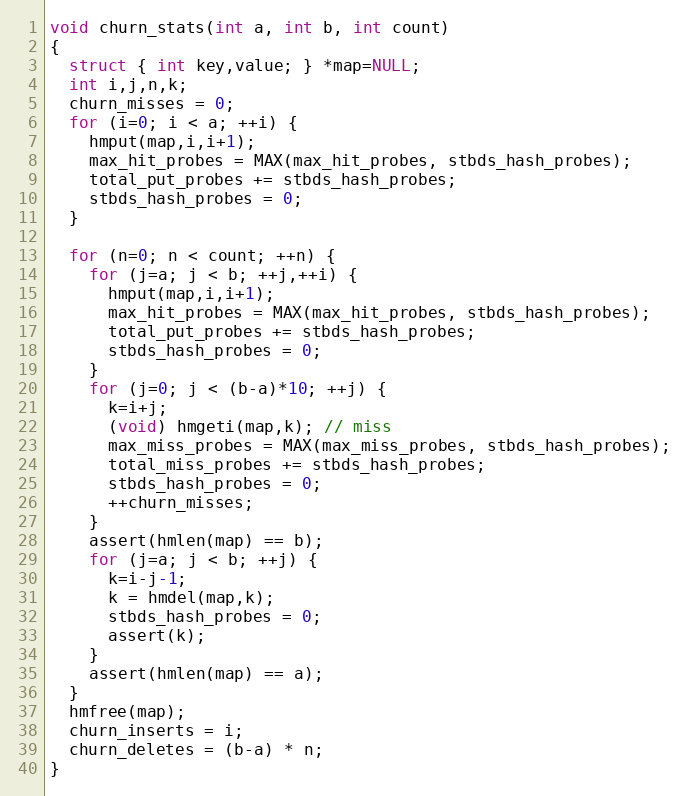
Language: C++
void churn_stats(int a, int b, int count)
{
  struct { int key,value; } *map=NULL;
  int i,j,n,k;
  churn_misses = 0;
  for (i=0; i < a; ++i) {
    hmput(map,i,i+1);
    max_hit_probes = MAX(max_hit_probes, stbds_hash_probes);
    total_put_probes += stbds_hash_probes;
    stbds_hash_probes = 0;
  }

  for (n=0; n < count; ++n) {
    for (j=a; j < b; ++j,++i) {
      hmput(map,i,i+1);
      max_hit_probes = MAX(max_hit_probes, stbds_hash_probes);
      total_put_probes += stbds_hash_probes;
      stbds_hash_probes = 0;
    }
    for (j=0; j < (b-a)*10; ++j) {
      k=i+j;
      (void) hmgeti(map,k); // miss
      max_miss_probes = MAX(max_miss_probes, stbds_hash_probes);
      total_miss_probes += stbds_hash_probes;
      stbds_hash_probes = 0;
      ++churn_misses;
    }
    assert(hmlen(map) == b);
    for (j=a; j < b; ++j) {
      k=i-j-1;
      k = hmdel(map,k);
      stbds_hash_probes = 0;
      assert(k);
    }
    assert(hmlen(map) == a);
  }
  hmfree(map);
  churn_inserts = i;
  churn_deletes = (b-a) * n;
}